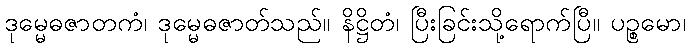
ဒုမ္မေဓဇာတကံ၊ ဒုမ္မေဓဇာတ်သည်။ နိဋ္ဌိတံ၊ ပြီးခြင်းသို့ရောက်ပြီ။ ပဉ္စမော၊